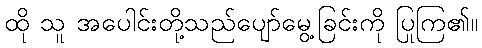
ထို သူ အပေါင်းတို့သည်ပျော်မွေ့ခြင်းကို ပြုကြ၏။